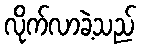
လိုက်လာခဲ့သည်